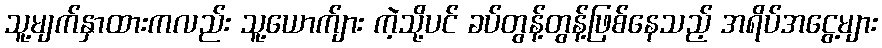
သူ့မျက်နှာထားကလည်း သူ့ယောက်ျား ကဲ့သို့ပင် ခပ်တွန့်တွန့်ဖြစ်နေသည့် အရိပ်အငွေ့များ